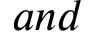
a n d